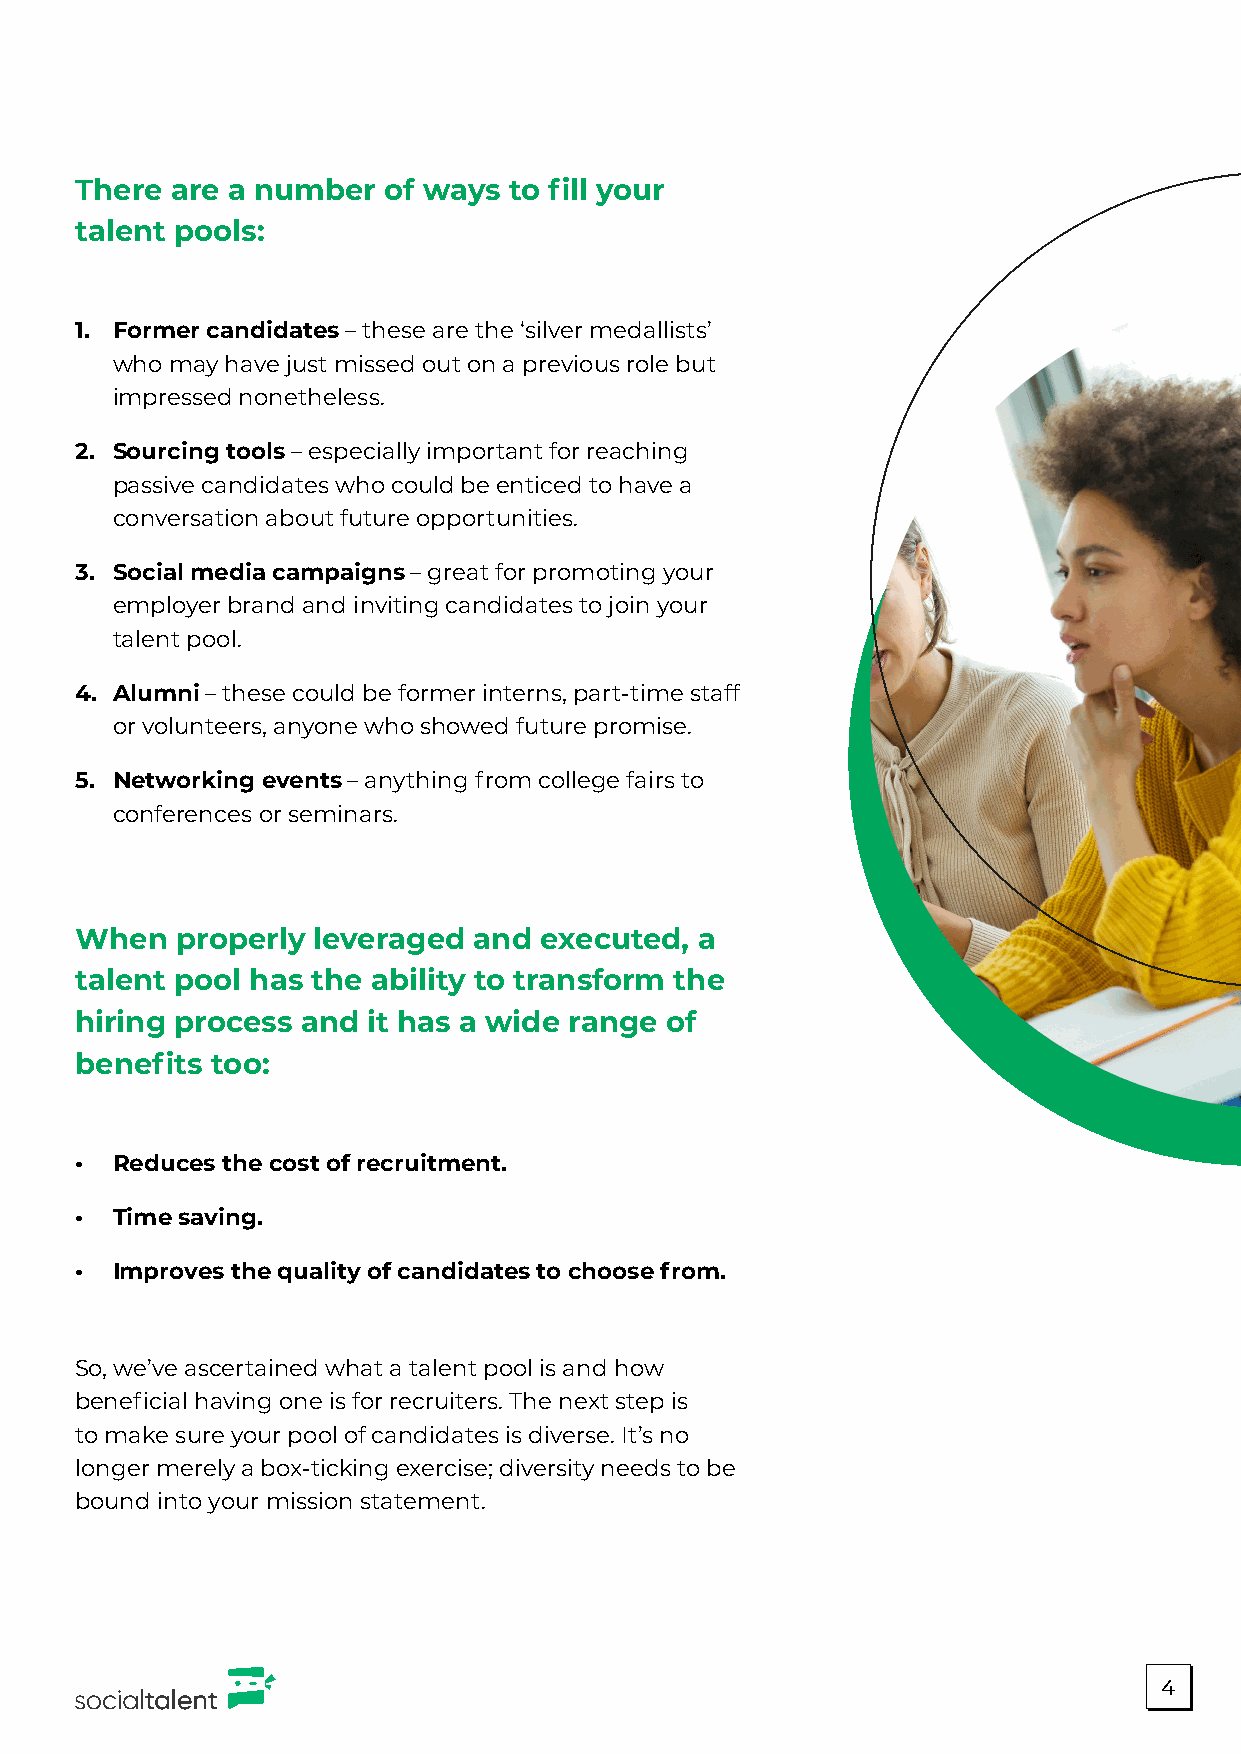
There are a number  of ways  to fill your
 talent pools:
 1. Former candidates – these are the ‘silver medallists’
 who may have just missed out on a previous role but
 impressed nonetheless.
 2. Sourcing tools – especially important for reaching
 passive candidates who could be enticed to have a
 conversation about future opportunities.
 3. Social media campaigns – great for promoting your
 employer brand and inviting candidates to join your
 talent pool.
 4. Alumni – these could be former interns, part-time staff
 or volunteers, anyone who showed future promise.
 5. Networking events – anything from college fairs to
 conferences or seminars.
 When   properly leveraged and  executed, a
 talent pool has the ability to transform the
 hiring process and it has a wide range of
 benefits too:
 • Reduces the cost of recruitment.
 • Time saving.
 • Improves the quality of candidates to choose from.
 So, we’ve ascertained what a talent pool is and how
 beneficial having one is for recruiters. The next step is
 to make sure your pool of candidates is diverse. It’s no
 longer merely a box-ticking exercise; diversity needs to be
 bound into your mission statement.
 4